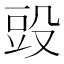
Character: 𣪌